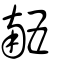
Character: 𠄼